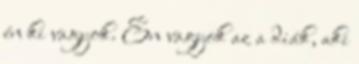
én ki vagyok. Én vagyok az a diák, aki